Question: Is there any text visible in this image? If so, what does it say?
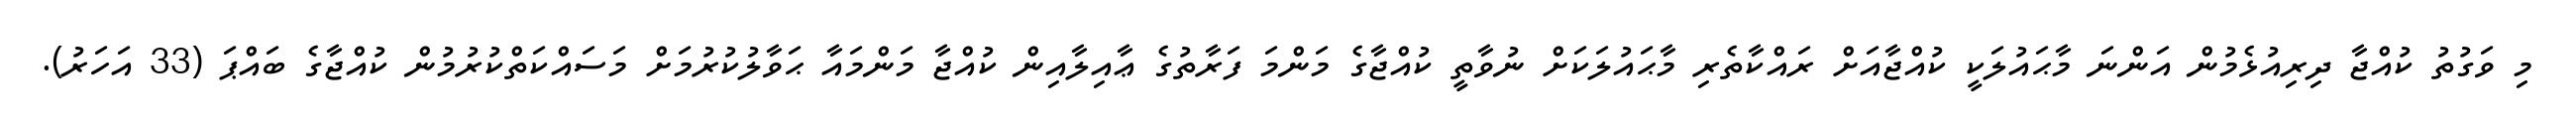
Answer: މި ވަގުތު ކުއްޖާ ދިރިއުޅެމުން އަންނަ މާޙައުލަކީ ކުއްޖާއަށް ރައްކާތެރި މާޙައުލަކަށް ނުވާތީ ކުއްޖާގެ މަންމަ ފަރާތުގެ ޢާއިލާއިން ކުއްޖާ މަންމައާ ޙަވާލުކުރުމަށް މަސައްކަތްކުރުމުން ކުއްޖާގެ ބައްޕަ (33 އަހަރު).